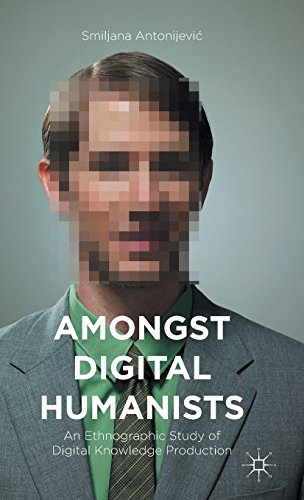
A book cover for Amongst Digital Humanists: An Ethnographic Study of Digital Knowledge Production; Smiljana Antonijevic; Politics & Social Sciences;